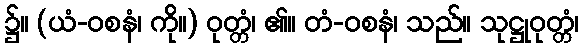
၌။ (ယံ-ဝစနံ၊ ကို။) ဝုတ္တံ၊ ၏။ တံ-ဝစနံ၊ သည်။ သုဋ္ဌုဝုတ္တံ၊